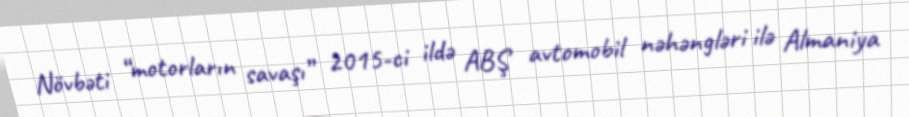
Növbəti “motorların savaşı” 2015-ci ildə ABŞ avtomobil nəhəngləri ilə Almaniya